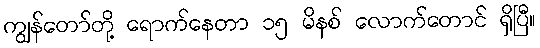
ကျွန်တော်တို့ ရောက်နေတာ ၁၅ မိနစ် လောက်တောင် ရှိပြီ။